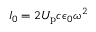
I _ { 0 } = 2 U _ { \mathrm { p } } c \epsilon _ { 0 } \omega ^ { 2 }